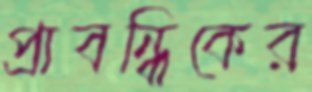
প্রাবন্ধিকের